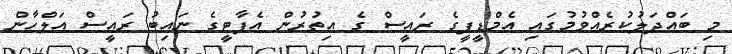
މި ބައްދަލުކުރެއްވުމުގައި އެމްޑީޕީގެ ރައީސް ގެ އިތުރުން އެޕާޓީގެ ނައިބު ރައީސް އަލްހާން